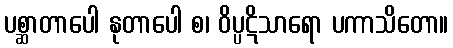
ပစ္ဆာတာပေါ နုတာပေါ စ၊ ဝိပ္ပဋိသာရော ပကာသိတော။